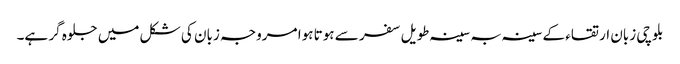
بلوچی زبان ارتقاء کے سینہ بہ سینہ طویل سفر سے ہوتا ہوا مروجہ زبان کی شکل میں جلوہ گر ہے۔